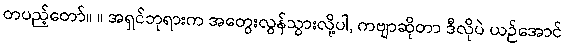
တပည့်တော်။ ။ အရှင်ဘုရားက အတွေးလွန်သွားလို့ပါ, ကဗျာဆိုတာ ဒီလိုပဲ ယဉ်အောင်